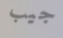
جيب